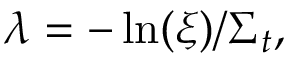
\lambda = - \ln ( \xi ) / \Sigma _ { t } ,